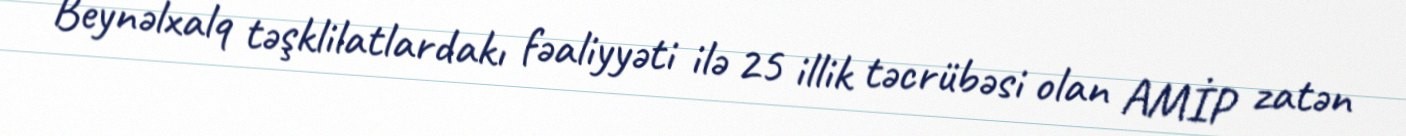
Beynəlxalq təşklilatlardakı fəaliyyəti ilə 25 illik təcrübəsi olan AMİP zatən